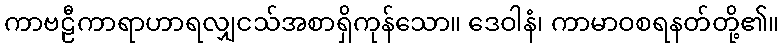
ကာဗဠီကာရာဟာရလျှငသ်အစာရှိကုန်သော။ ဒေဝါနံ၊ ကာမာဝစရနတ်တို့၏။